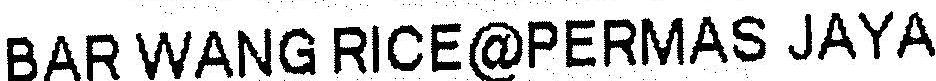
BAR WANG RICE@PERMAS JAYA